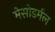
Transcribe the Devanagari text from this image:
मेसोडर्मल